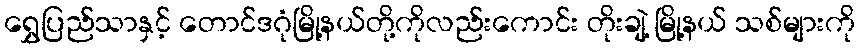
ရွှေပြည်သာနှင့် တောင်ဒဂုံမြို့နယ်တို့ကိုလည်းကောင်း တိုးချဲ့ မြို့နယ် သစ်များကို